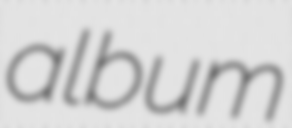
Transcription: album